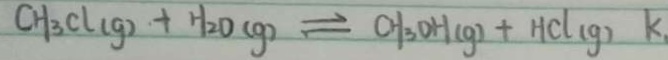
C H _ { 3 } C l ( g ) + H _ { 2 } O ( g ) \rightleftharpoons C H _ { 3 } O H ( g ) + H C l ( g ) k